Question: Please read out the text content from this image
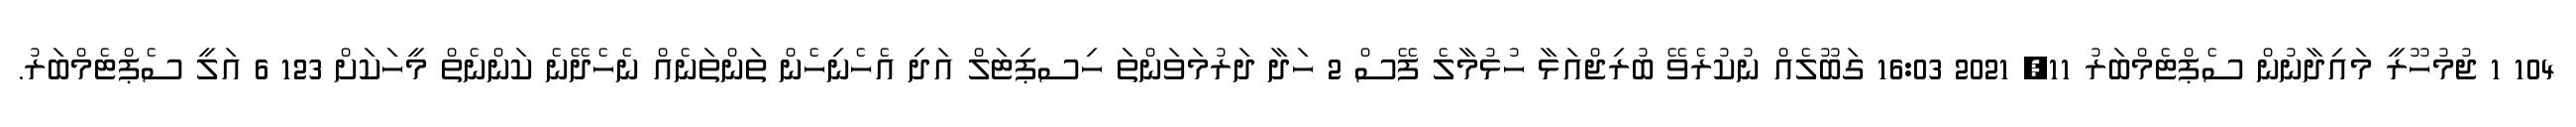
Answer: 104 1 ޖުމުހޫރީ މައިދާނުން ސެޕްޓެމްބަރު 11, 2021 16:03 ގަބޫލެއް ނުކުރެވޭ ބުރިޖްއަޅާ ހުޅުމާލެ ފޭސް 2 ހަދާ ދަރުމަވަންތަ ހިސޕިޓަލް އަދި އެހެނިހެން ތަންތަނެއް ނެހެދޭނެ ކަންނެތް މީހަކަށް 123 6 އަލީ ސެޕްޓެމްބަރު.